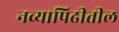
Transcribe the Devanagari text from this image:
नव्यापिढीतील